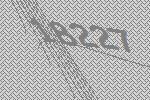
18227